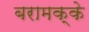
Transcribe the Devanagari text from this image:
बरामक्के